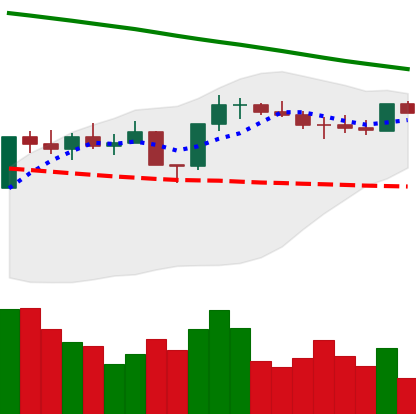
Ticker: ETH-USD
Chart end date: 2022-08-06
Forward return: 11.206%
Label: up_7plus